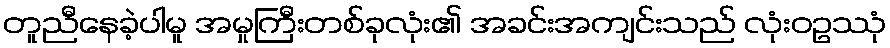
တူညီနေခဲ့ပါမူ အမှုကြီးတစ်ခုလုံး၏ အခင်းအကျင်းသည် လုံးဝဥဿုံ